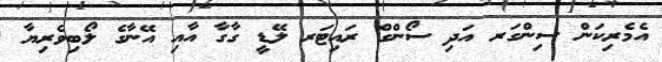
އެމެރިކަން ސިންގަރ އަދި ސޯންގް ރައިޓަރ ލޭޑީ ގާގާ އާއި އޭނާގެ ލޯބިވެރިޔާ